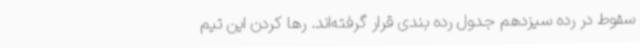
سقوط در رده سیزدهم جدول رده بندی قرار گرفته‌اند. رها کردن این تیم